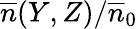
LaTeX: \overline{{n}}(Y,Z)/\overline{{n}}_{0}